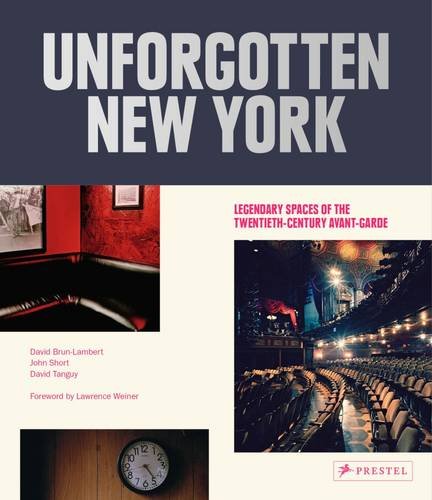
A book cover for Unforgotten New York: Legendary Spaces of the Twentieth-Century  Avant-Garde; David Brun-Lambert; Travel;